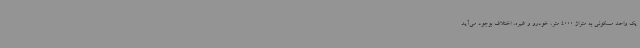
یک واحد مسکونی به متراژ 4000 متر، خودرو و غیره، اختلاف بوجود می‌آید